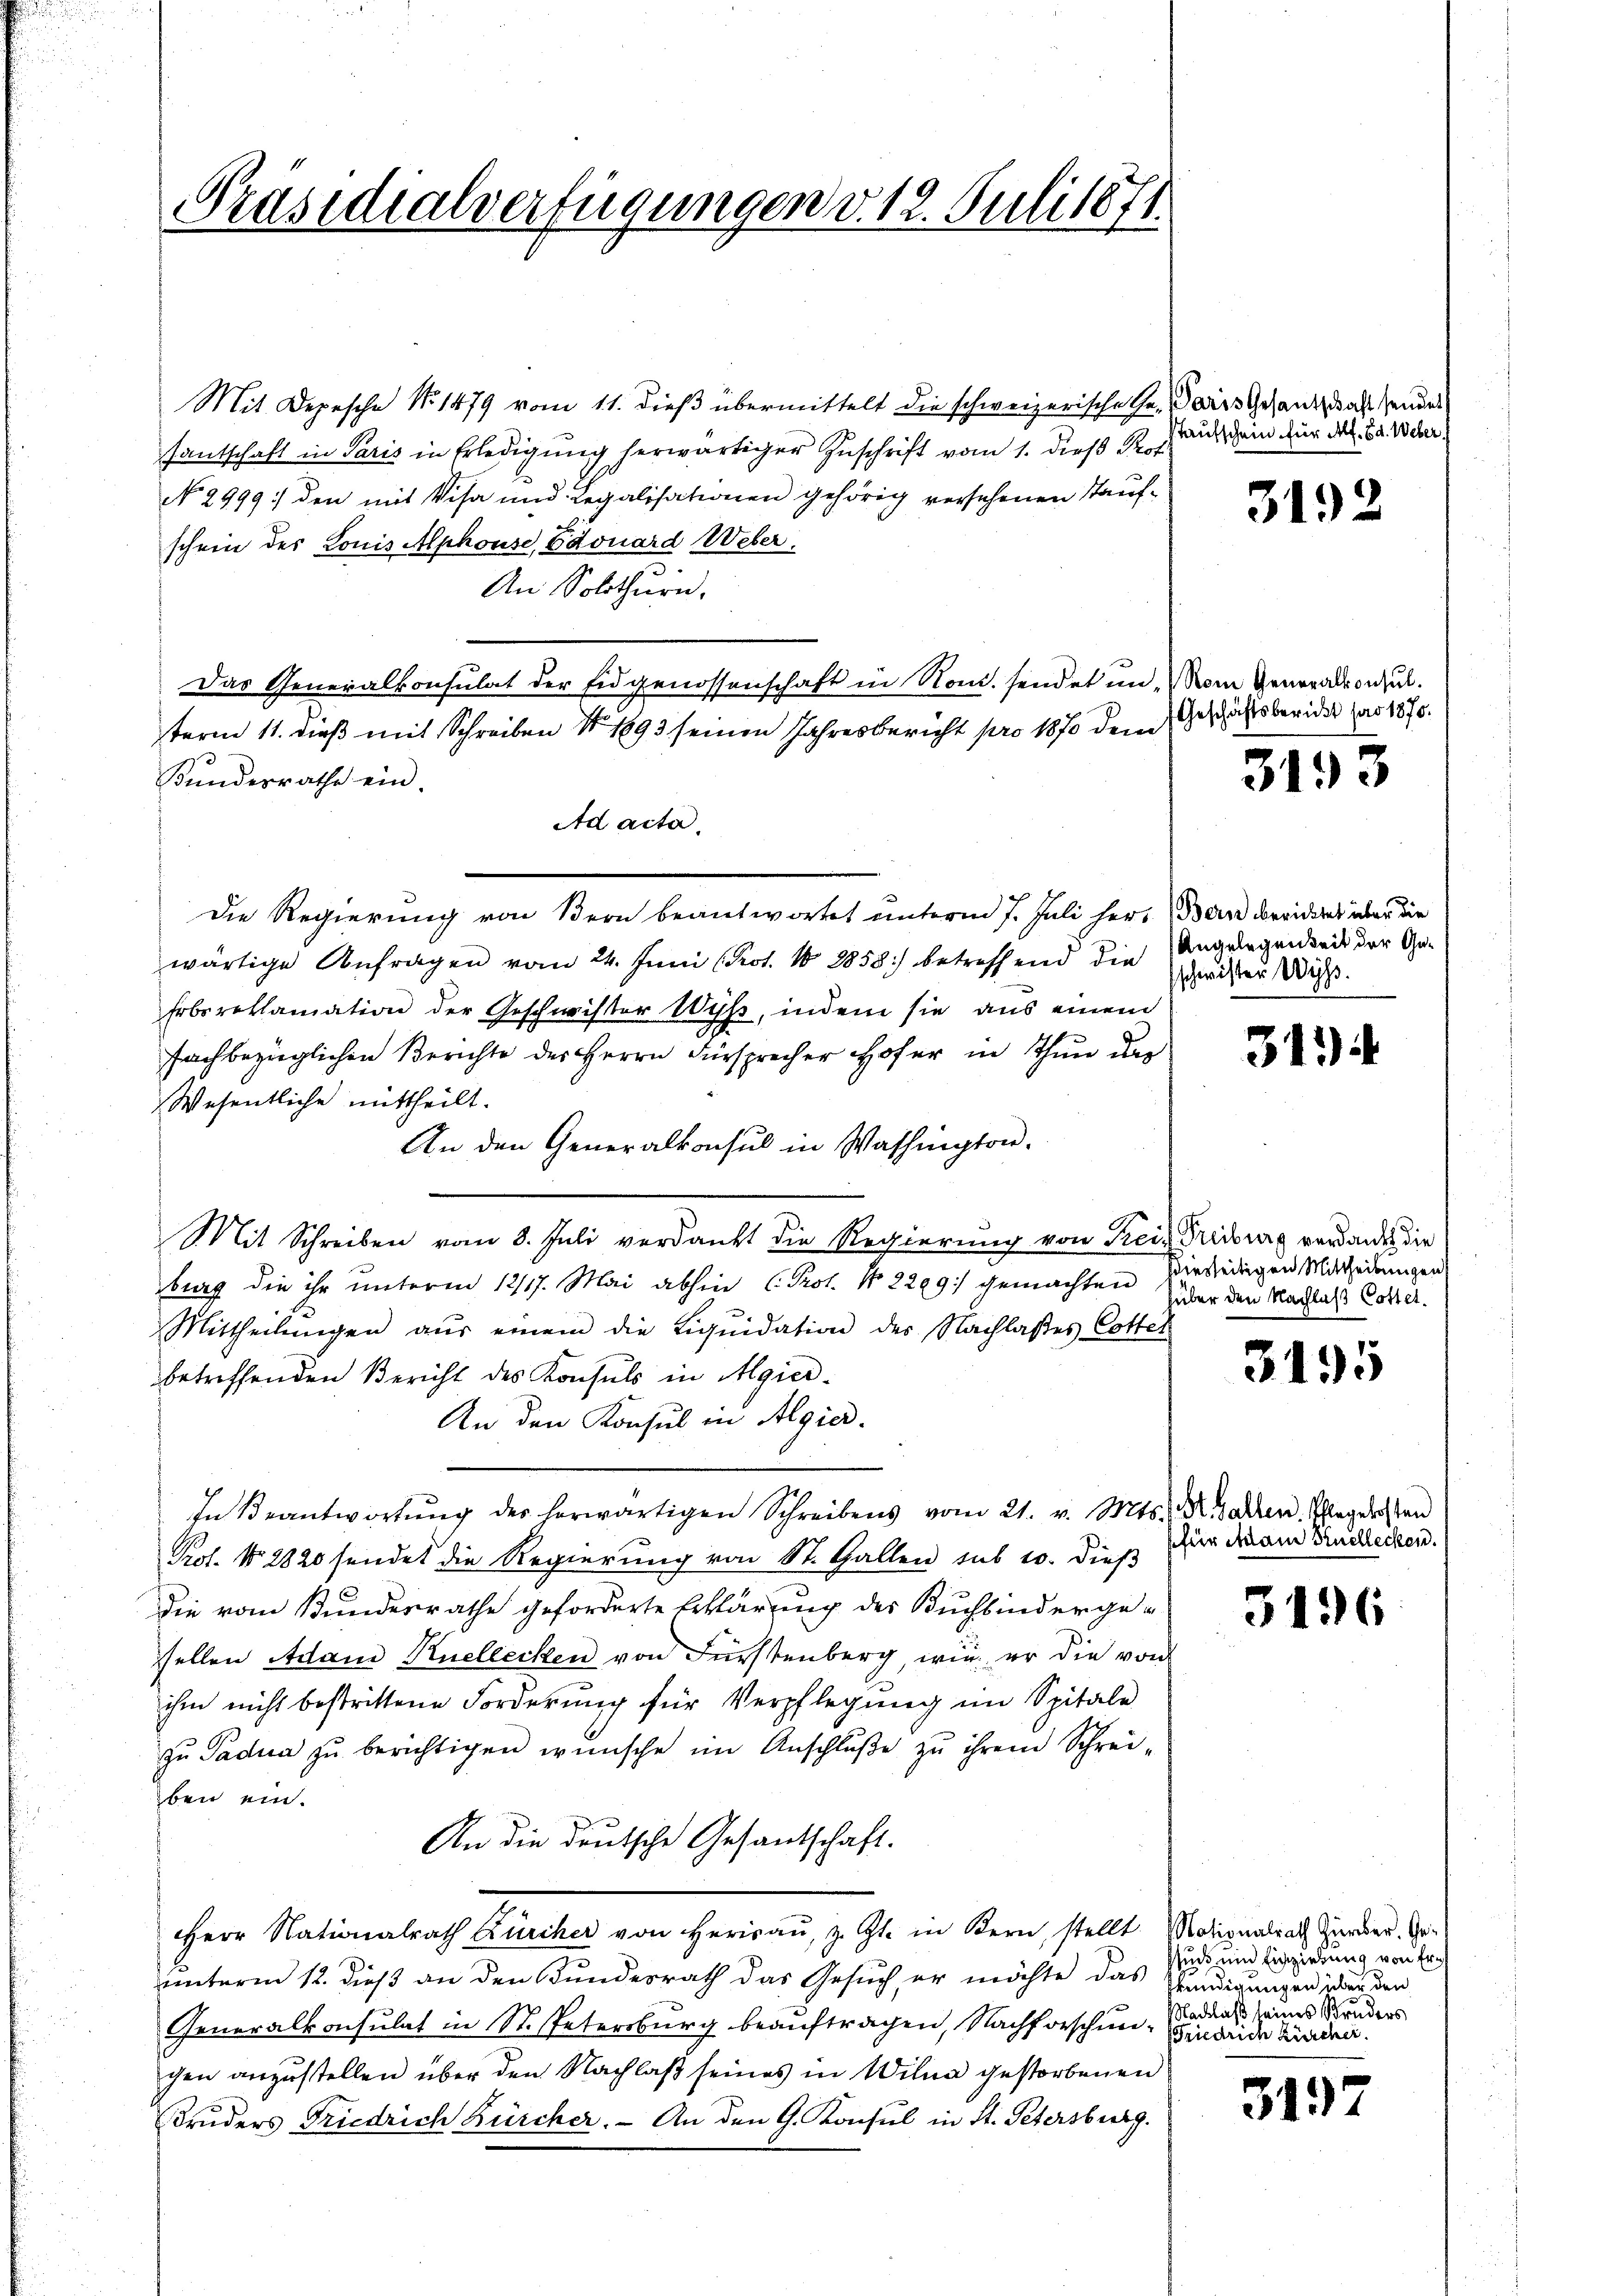
Präsidialverfügungen v. 12. Juli 1871.

Mit Depesche No 1479 vom 11. dieß übermittelt die schweizerische Gesantschaft in Paris in Erledigung herwärtiger Zuschrift vom 1. dieß Prof.
No 2999: den mit Visa und Legalisationen gehörig versehenen Tauf-
schein des Lonis Alphouse, Edouard Weber.
An Solothurn.
Das Generalkonsulat der Eidgenossenschaft in Rond. sendet in Mom Generalkonsul
term 11. dieß mit Schreiben S. 1893 seinen Jahresbericht pro 1870 dem Geschäftsberider das 1875.
Kundesrathe ein.
Ad acta.
Die Regierung von Bern beantwortet unterm 7. Juli her-Boden beideres über die
wärtige Anfragen vom 24. Juni (Kot. 10 2858) betreffend die Angelegenheit der Ge¬
Erbsreklamation der Geschwister Wyß, indem sie aus einem
fachbezüglichen Berichte des Herrn Fürsprecher Hofer in Thun der
Wesentliche mittheilt.
An den Generalkonsul in Washington.
Mit Schreiben vom 8. Juli verdankt die Regierŭng von Frei- Treiburg verdanken die
burg die ihr unterm 12/17. Mai abhin (Prot. No. 2299) gemachten verledigen Mittheilungen
Mittheilŭngen aŭs einem die Liqŭidation des Nachlasses Cotter
betreffenden Bericht des Konsuls in Algier-
An den Konsul in Algier
In Beantwortŭng des herwärtigen Schreibens vom 21. v. Mts. Z. Gallen. Pflegelosten
Prof. No 2820 sendet die Regierung von St. Gallen sub 10. dieß
die vom Bundesrathe geforderte Erklärung des Buchbindergeellen Adam Knellecken von Fürstenberg, wie er die von
ihm nicht bestrittene Forderung für Verpflegung im Spitale
zu Padua zu berichtigen wünsche im Anschluße zu ihrem Schrei-
ben ein.
An die deutsche Gesantschaft.
Herr Nationalrath Zürcher von Herrau, z. Zt. in Bern, stellt
unterm 12. dieß an den Bundesrath das Gesuch er möchte das
Generalkonsulat in St. Petersburg beauftragen, Nachforschunchen anzustellen über den Nachlaß seines in Willa gestorbenen
Bruders Friedrich Bürcher. - An den G. Konsul in St. Petersburg.

Paris Gesantschaft sendet
staufschein für Af. Ed. Weber

3192

3193

schwister Wyß.

313

hüber den Nachlaß Cottet.

3495

für Adam Knellecken.

3196

Nationalrath Zürcher. Ge¬
Rucks und Einziehung von Erkendigungen über den
NNachlaß seines Bruders
Friedrich Zürcher.

3197